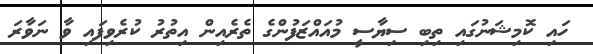
ހައި ކޮމިޝަނުގައި ތިބި ސިޔާސީ މުއައްޒަފުންގެ ތެރެއިން އިތުރު ކުރެވިފައި ވާ ނަވާރަ